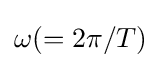
\omega (=2\pi /T)